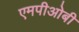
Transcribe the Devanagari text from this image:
एमपीओबी